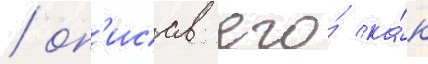
/ оп'исав его́ ка́к